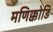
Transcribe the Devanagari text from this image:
मणिक्कोडि